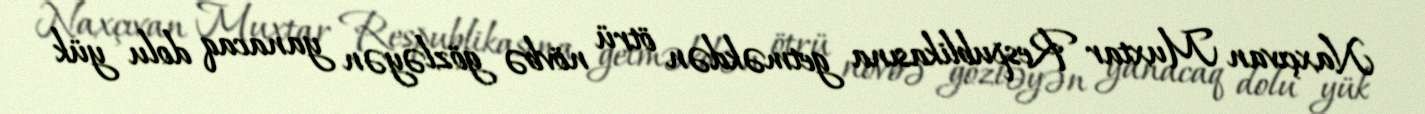
Naxçıvan Muxtar Respublikasına getməkdən ötrü növbə gözləyən yanacaq dolu yük